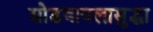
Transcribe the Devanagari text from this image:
सोडवायलासुद्धा